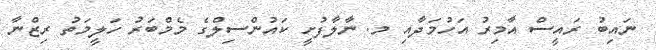
ނައިބު ރައީސް އާމިރު އަހުމަދާއި މ. ނާލާފުށީ ކައުންސިލްގެ މެމްބަރު ހަލީމަތު ރިޒްނާ